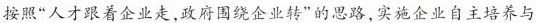
按照”人才跟着企业走，政府围绕企业转”的思路，实施企业自主培养与